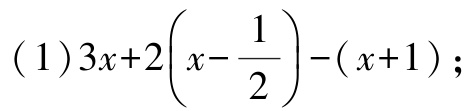
(1) \(3x + 2\left(x-\frac{1}{2}\right)-(x + 1)\);